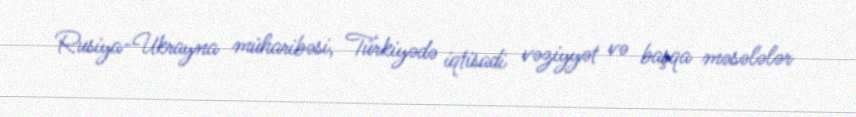
Rusiya-Ukrayna müharibəsi, Türkiyədə iqtisadi vəziyyət və başqa məsələlər